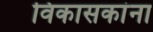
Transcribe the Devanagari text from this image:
विकासकांना